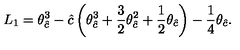
L _ { 1 } = \theta _ { \hat { c } } ^ { 3 } - { \hat { c } } \left( \theta _ { \hat { c } } ^ { 3 } + \frac { 3 } { 2 } \theta _ { \hat { c } } ^ { 2 } + \frac { 1 } { 2 } \theta _ { \hat { c } } \right) - \frac { 1 } { 4 } \theta _ { \hat { c } } .